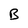
Character: B